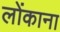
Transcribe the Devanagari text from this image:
लोंकाना